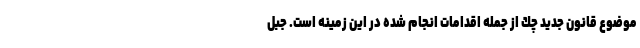
موضوع قانون جديد چك از جمله اقدامات انجام شده در اين زمينه است. جبل